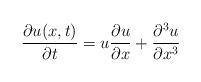
LaTeX: \begin{align*}{\partial u(x,t)\over \partial t} = u {\partial u\over \partial x} +{\partial^{3} u\over \partial x^{3}}\end{align*}